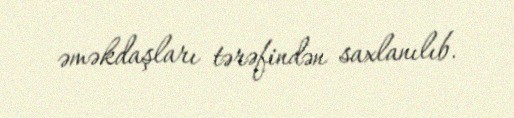
əməkdaşları tərəfindən saxlanılıb.